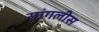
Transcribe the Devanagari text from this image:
सांगलीस